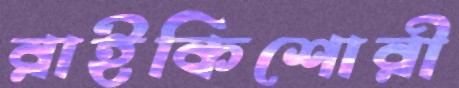
রাইকিশোরী